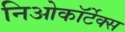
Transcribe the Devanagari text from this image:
निओकॉर्टेक्स